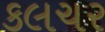
કલચર